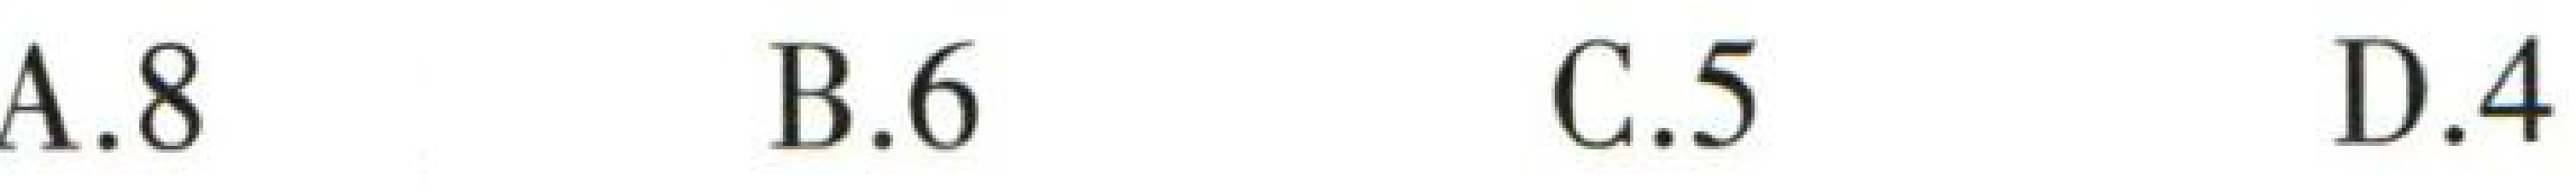
A.8 B.6 C.5 D.4